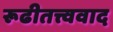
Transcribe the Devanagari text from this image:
रूढीतत्त्ववाद